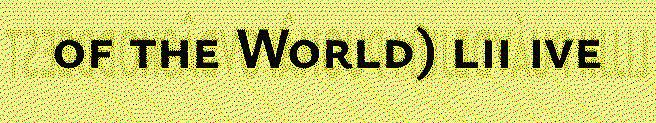
of the World) lii ive